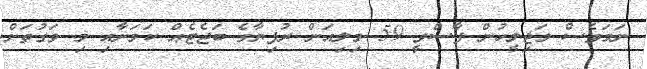
ނަމަވެސް މަޖިލީހުން ފާސްވީ 59 މިލިއަން ރުފިޔާގެ ބަޖެޓެއް ކަމަށާއި މި ވަގުތަށް